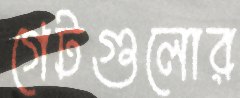
গেটগুলোর